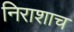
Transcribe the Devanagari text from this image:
निराशाच